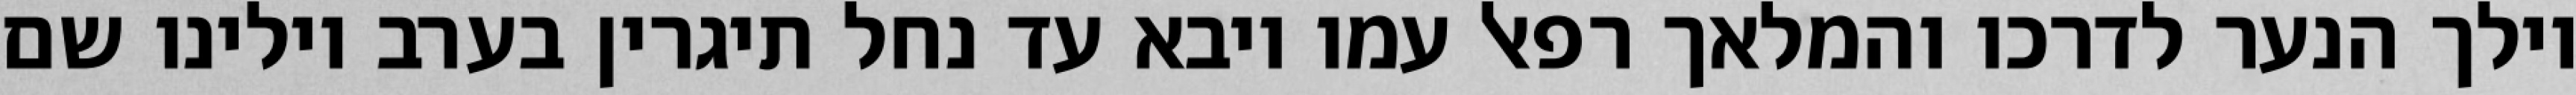
וילך הנער לדרכו והמלאך רפאל עמו ויבא עד נחל תיגרין בערב וילינו שם